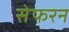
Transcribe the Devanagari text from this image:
सेफरन